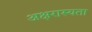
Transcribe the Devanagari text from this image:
अक्षरास्यता